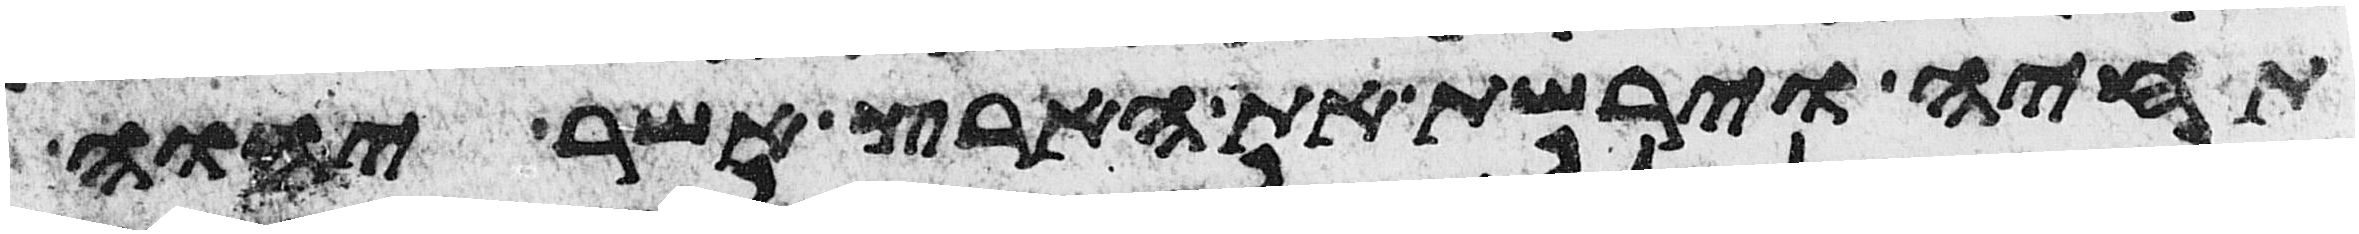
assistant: תחיה וירשת את הארץ אשר יהוה